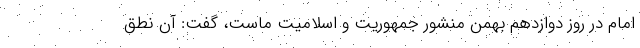
امام در روز دوازدهم بهمن منشور جمهوریت و اسلامیت ماست، گفت: ‌آن نطق